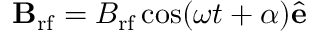
\mathbf { B } _ { \mathrm { r f } } = B _ { \mathrm { r f } } \cos ( \omega t + \alpha ) \hat { \mathbf { e } }